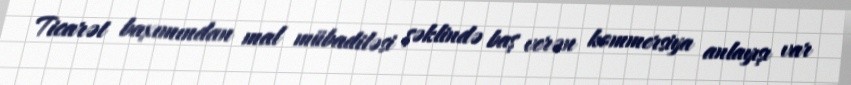
Ticarət baxımından mal mübadiləsi şəklində baş verən kommersiya anlayışı var